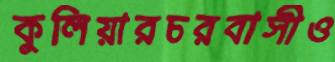
কুলিয়ারচরবাসীও